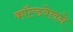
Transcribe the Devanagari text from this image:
काॅल्डवेलने